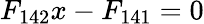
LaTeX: F_{142}x-F_{141}=0